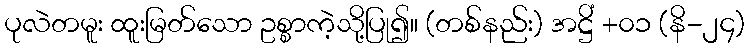
ပုလဲတမူး ထူးမြတ်သော ဥစ္စာကဲ့သို့ပြု၍။ (တစ်နည်း) အဋ္ဌိံ +၀၁ (နိ-၂၄)